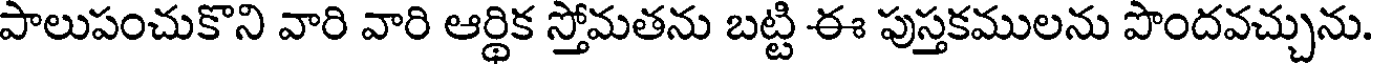
పాలుపంచుకొని వారి వారి ఆర్థిక స్తోమతను బట్టి ఈ పుస్తకములను పొందవచ్చును